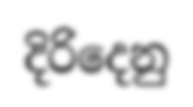
දිරිදෙනු